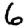
Digit: 6